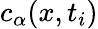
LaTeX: c_{\alpha}(x,t_{i})